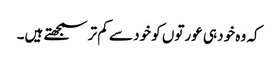
کہ وہ خود ہی عورتوں کو خود سے کم تر سمجھتے ہیں۔